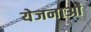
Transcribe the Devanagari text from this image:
येजनाओं